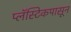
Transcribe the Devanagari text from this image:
प्लॅस्टिकपासून